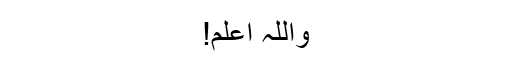
واللہ اعلم!